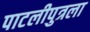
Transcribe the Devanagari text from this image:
पाटलीपुत्रला